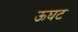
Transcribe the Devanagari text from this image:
ऊघट